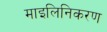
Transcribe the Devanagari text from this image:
माइलिनिकरण